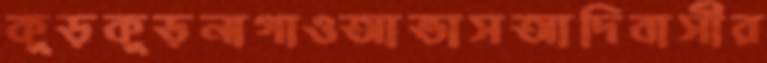
কুড়কুড়নাগাওআভাসআদিবাসীর